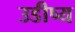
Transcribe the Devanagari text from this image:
उडीष्य